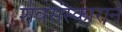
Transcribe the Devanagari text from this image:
शैवसंस्काराने